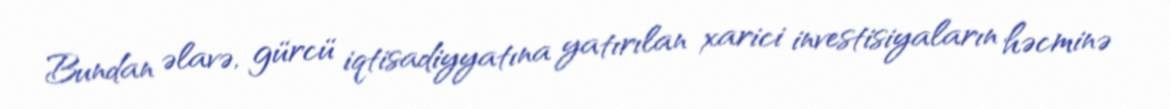
Bundan əlavə, gürcü iqtisadiyyatına yatırılan xarici investisiyaların həcminə